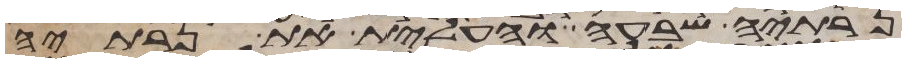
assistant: נרתיה שבעה והעלית את נרתיה